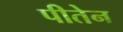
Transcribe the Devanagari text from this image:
पीतेन